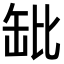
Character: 𬙌